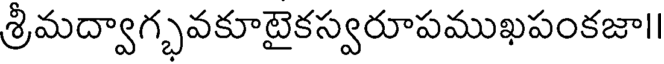
శ్రీమద్వాగ్భవకూటైకస్వరూపముఖపంకజా।